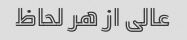
عالی از هر لحاظ